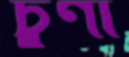
চুণা